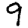
Digit: 9